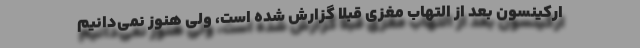
ارکینسون بعد از التهاب مغزی قبلاً گزارش شده است، ولی هنوز نمی‌دانیم